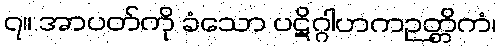
၇။ အာပတ်ကို ခံသော ပဋိဂ္ဂါဟကဉတ္တိကံ၊